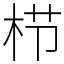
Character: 栉